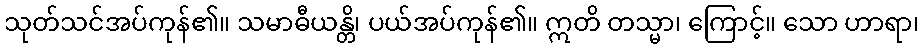
သုတ်သင်အပ်ကုန်၏။ သမာဓီယန္တိ၊ ပယ်အပ်ကုန်၏။ ဣတိ တသ္မာ၊ ကြောင့်။ သော ဟာရာ၊